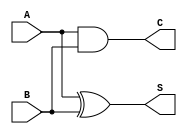
module carry_lookahead_half_adder (
    input wire A,       // First input
    input wire B,       // Second input
    output wire S,      // Sum output
    output wire C       // Carry output
);

// Logic for generating the sum (S) and carry (C)
assign S = A ^ B;       // Sum output using XOR
assign C = A & B;       // Carry output using AND

endmodule